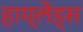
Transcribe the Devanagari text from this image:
हाय्लेंड्स